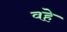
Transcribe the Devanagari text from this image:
वहे